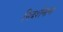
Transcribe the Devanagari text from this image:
निदर्शनांना